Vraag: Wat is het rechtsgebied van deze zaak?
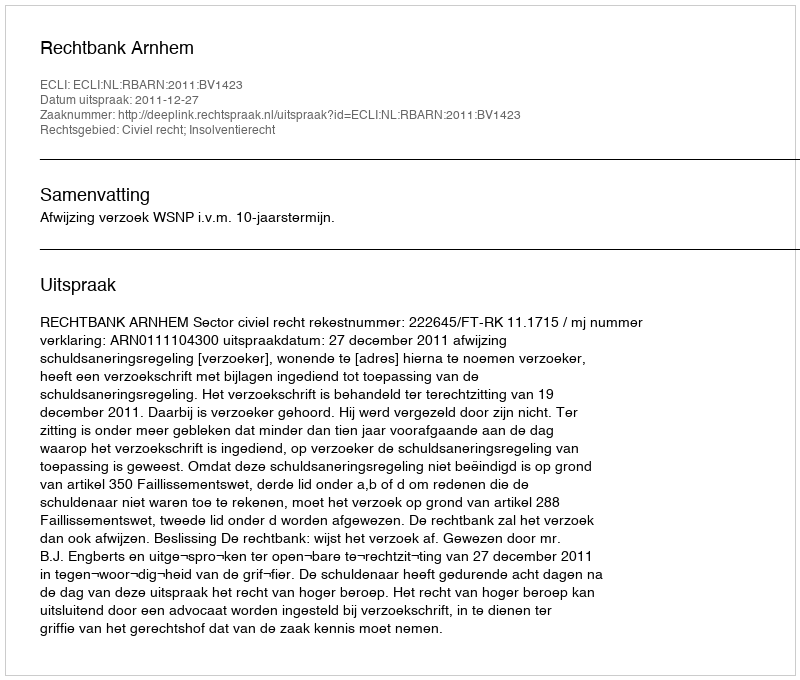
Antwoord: Civiel recht; Insolventierecht